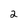
Character: 2